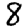
Digit: 8